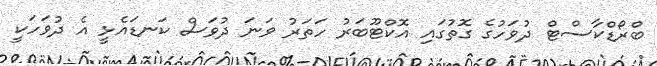
ބްރޯޑްކާސްޓް ދުވަހުގެ ގޮތުގައި އޮކްޓޫބަރު ހަތަރު ވަނަ ދުވަސް ކަނޑައެޅީ އެ ދުވަހަކީ